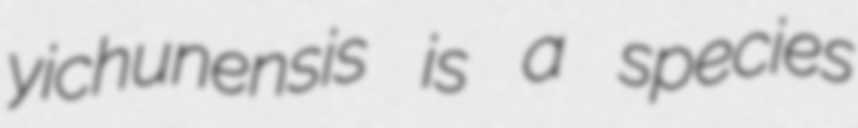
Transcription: yichunensis is a species